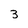
Character: 3